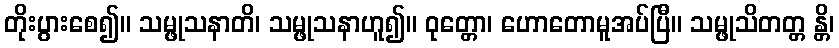
တိုးပွားစေ၍။ သမ္ဖုသနာတိ၊ သမ္ဖုသနာဟူ၍။ ဝုတ္တော၊ ဟောတောမူအပ်ပြီ။ သမ္ဖုသိတတ္တ န္တိ၊